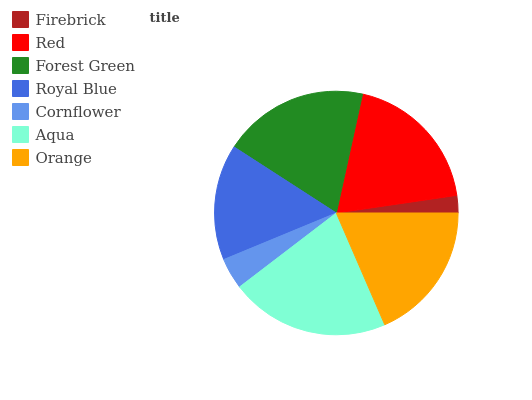
| Firebrick | Red | Forest Green | Royal Blue | Cornflower | Aqua | Orange |
 | --- | --- | --- | --- | --- | --- | --- |
 | 2.31% | 19.3% | 19.3% | 15.4% | 4.16% | 21.2% | 18.5% |